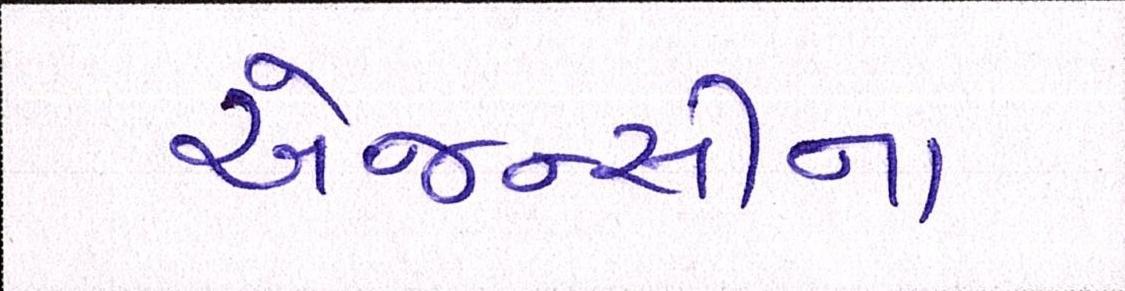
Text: એજન્સીના